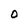
Character: o